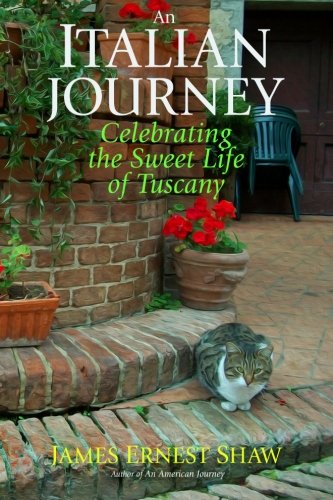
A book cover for AN ITALIAN JOURNEY Celebrating the Sweet Life of Tuscany; James Ernest Shaw; Travel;